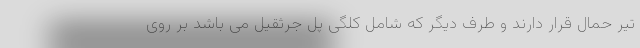
تیر حمال قرار دارند و طرف دیگر که شامل کلگی پل جرثقیل می باشد بر روی